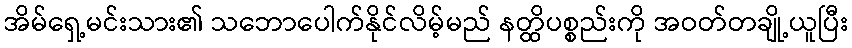
အိမ်ရှေ့မင်းသား၏ သဘောပေါက်နိုင်လိမ့်မည် နတ္ထိပစ္စည်းကို အဝတ်တချို့ယူပြီး